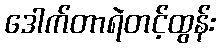
ဒေါက်တာရဲတင့်ထွန်း